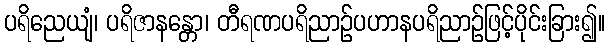
ပရိညေယျံ၊ ပရိဇာနန္တော၊ တီရဏပရိညာဉ်ပဟာနပရိညာဉ်ဖြင့်ပိုင်းခြား၍။